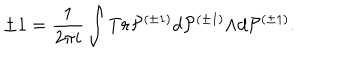
LaTeX: \pm 1 = \frac { 1 } { 2 { \pi } i } \int T r { \cal P } ^ { ( { \pm } 1 ) } d { \cal P } ^ { ( { \pm } 1 ) } { \wedge } d { \cal P } ^ { ( { \pm } 1 ) } .